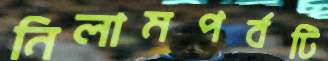
নিলামপর্বটি